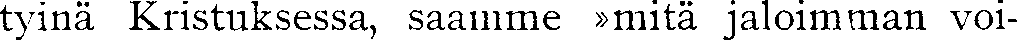
tyinä Kristuksessa, saamme »mitä jaloimman voi-